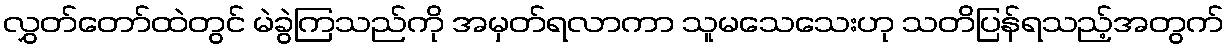
လွှတ်တော်ထဲတွင် မဲခွဲကြသည်ကို အမှတ်ရလာကာ သူမသေသေးဟု သတိပြန်ရသည့်အတွက်